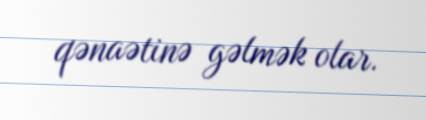
qənaətinə gəlmək olar.